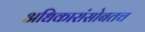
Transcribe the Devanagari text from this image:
अधिकारांसोबतच